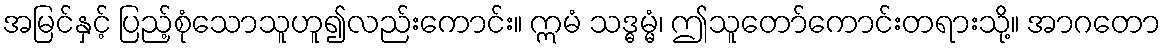
အမြင်နှင့် ပြည့်စုံသောသူဟူ၍လည်းကောင်း။ ဣမံ သဒ္ဓမ္မံ၊ ဤသူတော်ကောင်းတရားသို့။ အာဂတော